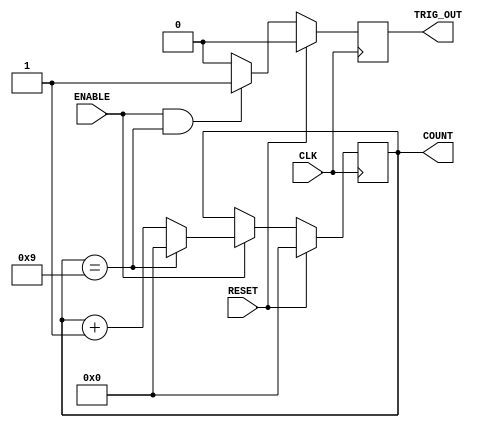
`timescale 1ns / 1ps
//////////////////////////////////////////////////////////////////////////////////
// Company: 
// Engineer: 
// 
// Design Name: 
// Module Name: Generic_counter
// Project Name: 
// Target Devices: 
// Tool Versions: 
// Description: 
// 
// Dependencies: 
// 
// Revision:
// Revision 0.01 - File Created
// Additional Comments:
// 
//////////////////////////////////////////////////////////////////////////////////


module Generic_counter(
    CLK,
    RESET,
    ENABLE,
    TRIG_OUT,
    COUNT
    );
    
    parameter COUNTER_WIDTH = 4;
    parameter COUNTER_MAX = 9;
    
    input CLK;
    input RESET;
    input ENABLE;
    output TRIG_OUT;
    output [COUNTER_WIDTH-1:0] COUNT;
    
    //Declare registers that hold the current count value and trigger out
    //between clock cycles
    reg [COUNTER_WIDTH-1:0] count_value;
    reg Trigger_out;
    
    //Synchronous logic for value of count_value
    always@(posedge CLK) begin
        if(RESET)
            count_value <= 0;
        else begin
            if(ENABLE) begin
                if(count_value == COUNTER_MAX)
                    count_value <= 0;
                else
                    count_value <= count_value + 1;
            end
        end
    end
    
    //Synchronous logic for Trigger_out
    always@(posedge CLK) begin
        if(RESET)
            Trigger_out <= 0;
        else begin
            if(ENABLE && (count_value == COUNTER_MAX))
                Trigger_out <= 1;
            else
                Trigger_out <= 0;
        end
    end
    
    //Assignment that ties the count_value and Trigger_out to
    //COUNT and TRIG_OUT respectively
    assign COUNT = count_value;
    assign TRIG_OUT = Trigger_out;
    
endmodule